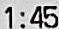
1:45